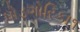
પોડગોરિકા૧